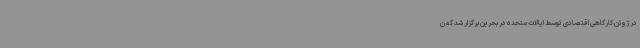
در ژوئن کارگاهی اقتصادی توسط ایالات متحده در بحرین برگزار شد که ن